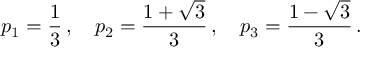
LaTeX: p _ { 1 } = \frac { 1 } { 3 } \, , ~ ~ ~ p _ { 2 } = \frac { 1 + \sqrt { 3 } } { 3 } \, , ~ ~ ~ p _ { 3 } = \frac { 1 - \sqrt { 3 } } { 3 } \, .